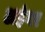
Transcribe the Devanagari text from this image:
अहंगर